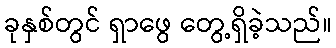
ခုနှစ်တွင် ရှာဖွေ တွေ့ရှိခဲ့သည်။